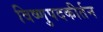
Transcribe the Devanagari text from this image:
विष्णुपदकीर्तन